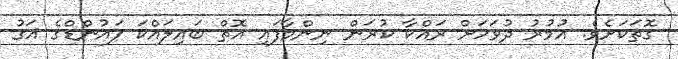
ގޮތަކަށެވެ. އުމުރު ދުވަހަށް ރައްކާ ކުރަން ނިންމާފައި އޮތް ބައިލައްކަ ޕައުންޑްގެ އަގު